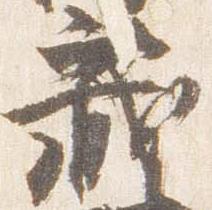
蔵